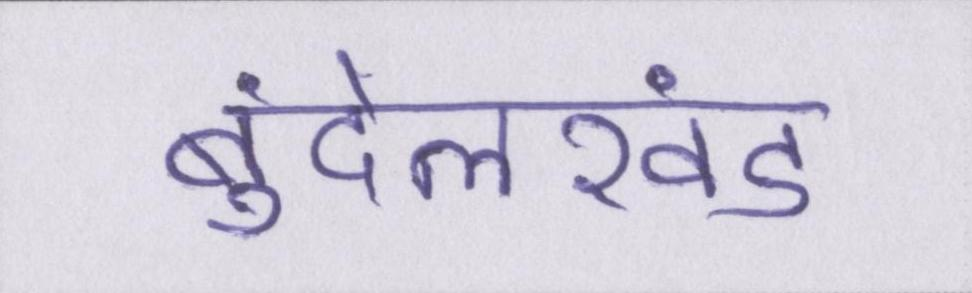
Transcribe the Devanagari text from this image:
बुंदेलखंड